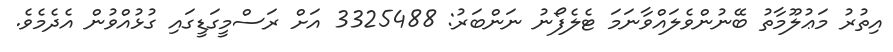
އިތުރު މަޢުލޫމާތު ބޭނުންވެލައްވާނަމަ ޓެލެފޯނު ނަންބަރު: 3325488 އަށް ރަސްމީގަޑީގައި ގުޅުއްވުން އެދެމެވެ.